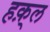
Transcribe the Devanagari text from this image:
हक़्ल